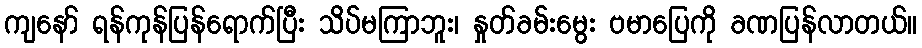
ကျနော် ရန်ကုန်ပြန်ရောက်ပြီး သိပ်မကြာဘူး၊ နှုတ်ခမ်းမွေး ဗမာပြေကို ခဏပြန်လာတယ်။